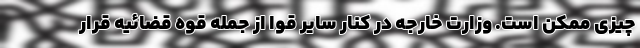
چیزی ممکن است. وزارت خارجه در کنار سایر قوا از جمله قوه قضائیه قرار